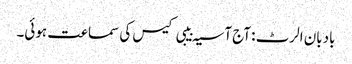
بادبان الرٹ : آج آسیہ بیبی کیس کی سماعت ہوئی۔